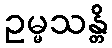
ဥမ္မသန္တိ